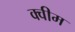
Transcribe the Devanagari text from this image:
क्वीम